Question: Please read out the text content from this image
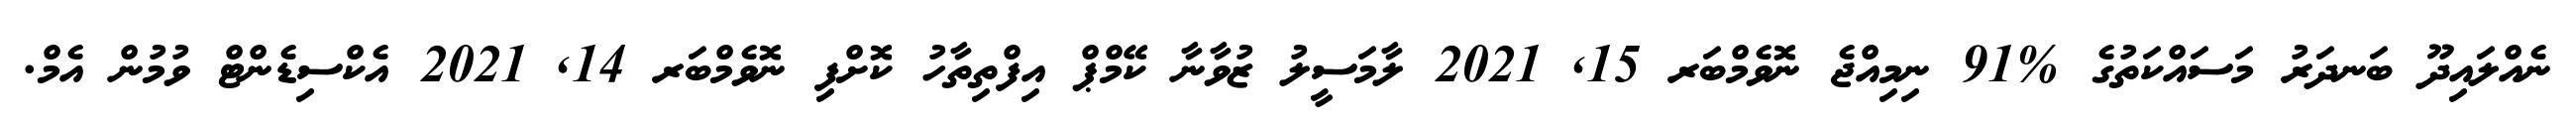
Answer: ނެއްލައިދޫ ބަނދަރު މަސައްކަތުގެ %91 ނިމިއްޖެ ނޮވެމްބަރ 15, 2021 ލާމަސީލު ޒުވާނާ ކޭމްޕް އިފްތިތާހު ކޮށްފި ނޮވެމްބަރ 14, 2021 އެކްސިޑެންޓް ވުމުން އެމް.